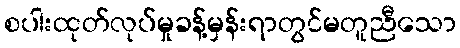
စပါးထုတ်လုပ်မှုခန့်မှန်းရာတွင်မတူညီသော